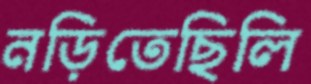
নড়িতেছিলি